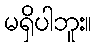
မရှိပါဘူး။